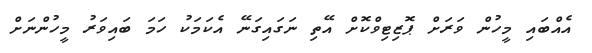
އެއްބައި މީހުން ވަރަށް ޕޮޒިޓިވްކޮށް އޭތި ނަގައިގަނޭ އެކަމަކު ހަމަ ބައިވަރު މީހުންނަށް